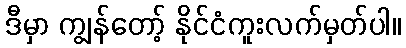
ဒီမှာ ကျွန်တော့် နိုင်ငံကူးလက်မှတ်ပါ။